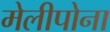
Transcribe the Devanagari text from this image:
मेलीपोना